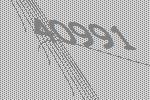
40991